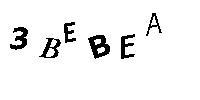
3BEBEA